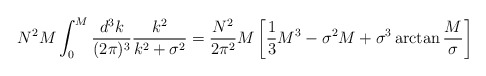
\begin{align*}N^2M\int_0^M{d^3k\over (2\pi)^3}{k^2\over k^2+\sigma^2}={N^2\over 2\pi^2}M\left[{1\over 3}M^3-\sigma^2M+\sigma^3\arctan{M\over \sigma}\right]\end{align*}